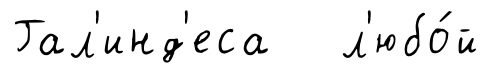
Гал'инд'еса л'юбо́й